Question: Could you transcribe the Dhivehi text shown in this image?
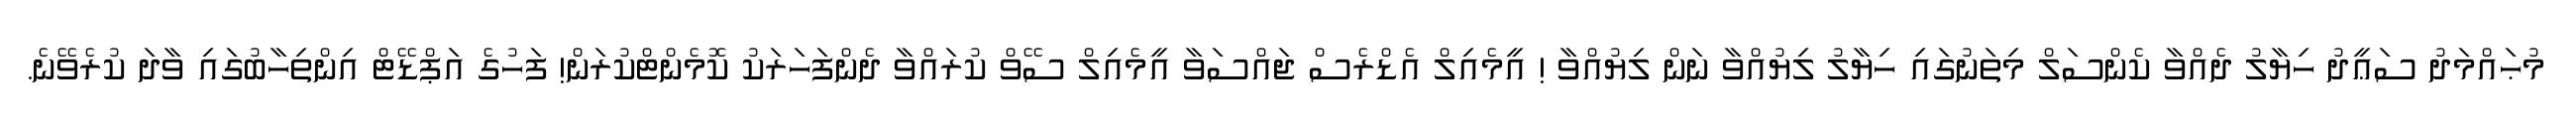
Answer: މުޙައްމަދު ސަޢީދު ހިޔާލު ދެއްވާ ކެންސަލް މިތަނުގައި ހިޔާލު ލިޔުއްވާ ނަން ލިޔުއްވާ ! އީމެއިލް އެޑްރެސް ޖައްސަވާ އީމެއިލް ސޭވް ކުރައްވާ ދެންފަހަރަކު ކޮމެންޓްކުރަން! ފަހުގެ އަޕްޑޭޓް އިންތިހާބުގައި ވާދަ ކުރެވޭނެ.